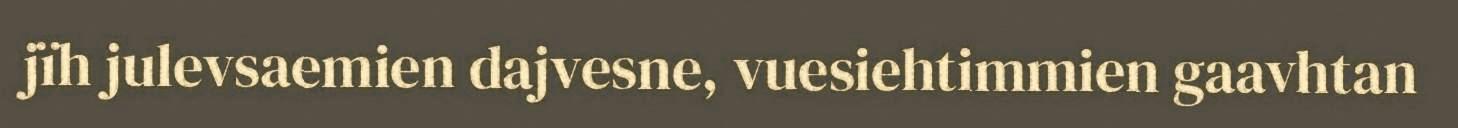
jïh julevsaemien dajvesne, vuesiehtimmien gaavhtan